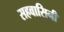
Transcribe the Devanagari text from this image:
सहवासिनी